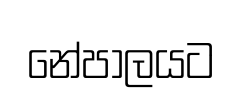
නේපාලයට